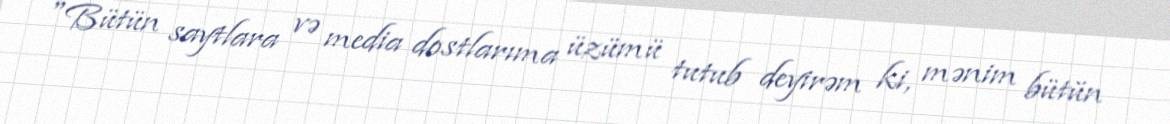
"Bütün saytlara və media dostlarıma üzümü tutub deyirəm ki, mənim bütün